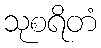
သုစရိတံ